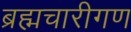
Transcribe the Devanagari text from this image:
ब्रह्मचारीगण